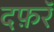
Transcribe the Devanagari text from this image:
दफ़रॅ